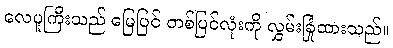
လေပူကြီးသည် မြေပြင် တစ်ပြင်လုံးကို လွှမ်းခြုံထားသည်။